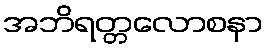
အဘိရတ္တလောစနာ